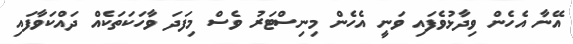
އޭނާ އެހެން ވިދާޅުވެފައި ވަނީ އެހެން މިނިސްޓަރު ވެސް މިފަދަ ވާހަކަތަކެއް ދައްކަވާފައި